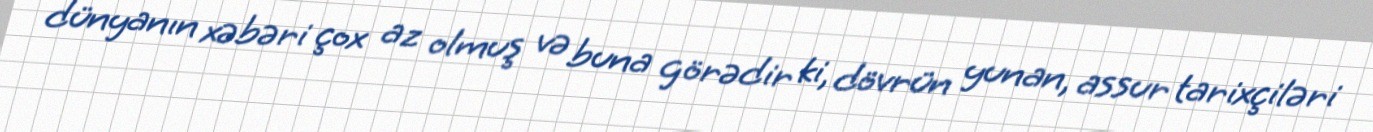
dünyanın xəbəri çox az olmuş və buna görədir ki, dövrün yunan, assur tarixçiləri